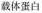
载体蛋白